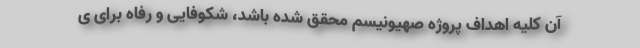
آن کلیه اهداف پروژه صهیونیسم محقق شده باشد، شکوفایی و رفاه برای ی